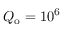
Q _ { \mathrm { o } } = 1 0 ^ { 6 }